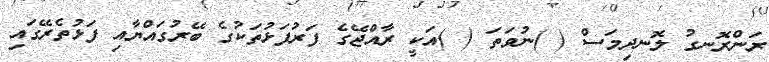
ރަންރޮނގު ލޮނދިމަސް ( )ނުވަތަ ( )އަކީ ރާއްޖޭގެ ފަރުފަޅުތަކުގެ ބޭރުގައްޔާއި ފަޅުތެރޭގައި